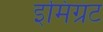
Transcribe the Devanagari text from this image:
इमिग्रंट